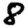
Digit: 8